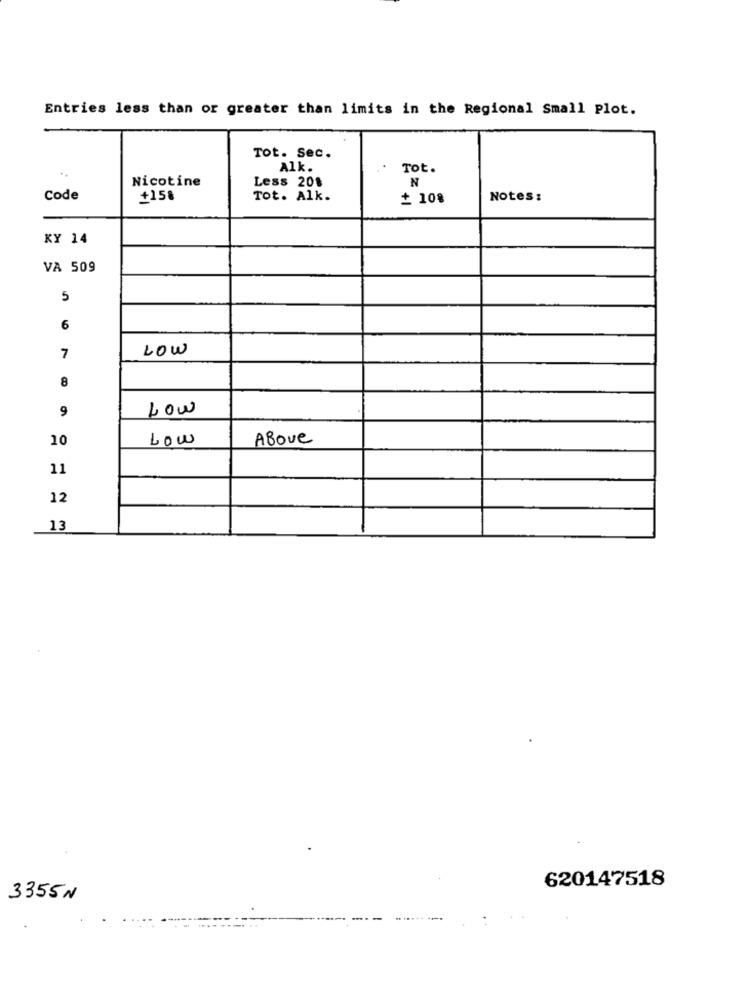
Entries less than or greater than limits in the Regional Small Plot.
Tot. Sec.
Alk.
Tot.
Nicotine
Less 201
N
Code
+158
Tot. Alk.
+ 10%
Notes:
KY 14
VA 509
5
6
LOW
7
8
9
LOW
10
Low
Above
11
12
13
620147518
3355N